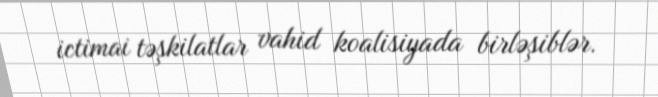
ictimai təşkilatlar vahid koalisiyada birləşiblər.